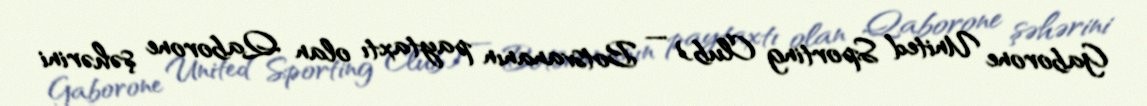
Gaborone United Sporting Club) — Botsvananın paytaxtı olan Qaborone şəhərini